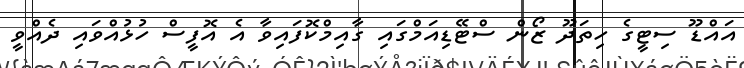
އައްޑޫ ސިޓީގެ ހިތަދޫ ޒޯން ސްޓޭޑިއަމްގައި ގާއިމްކޮފައިވާ އެ އޮފީސް ހުޅުއްވައި ދެއްވީ